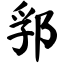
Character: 郛